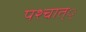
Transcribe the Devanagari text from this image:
पश्चात््